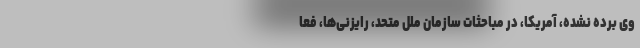
وی برده نشده، آمریکا، در مباحثات سازمان ملل متحد،‌ رایزنی‌ها، فعا